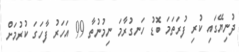
ދުނިޔޭގައި ކުރި ފުރަތަމަ ބޮޑު ހަނގުރާމަ ނިމުނުތާ 99 އަހަރު ފާހަގަ ކުރުމަށް